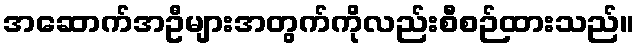
အဆောက်အဦများအတွက်ကိုလည်းစီစဉ်ထားသည်။